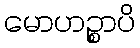
မောဟဉ္စာပိ